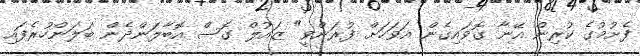
ފެށުމުގެ ކުރިން އޭނާ ގޮވައިގެން އަވަހަށް ފުރަންވީ" ޒައުލް ގޮސް އޮބާލަންދެން ބަލަންހުރެފައި